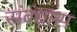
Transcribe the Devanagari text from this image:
संबंधास